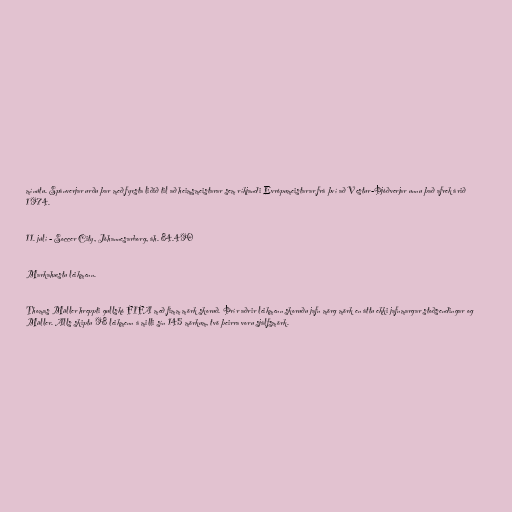
mínútu. Spánverjar urðu þar með fyrsta liðið til að heimsmeistarar sem ríkjandi Evrópumeistarar frá því að Vestur-Þjóðverjar unnu það afrek árið
1974.

11. júlí - Soccer City, Jóhannesarborg, áh. 84.490

Markahæstu leikmenn.

Thomas Müller hreppti gullskó FIFA með fimm mörk skoruð. Þrír aðrir leikmenn skoruðu jafn mörg mörk en áttu ekki jafnmargar stoðsendingar og
Müller. Alls skiptu 98 leikmenn á milli sín 145 mörkum, tvö þeirra voru sjálfsmörk.